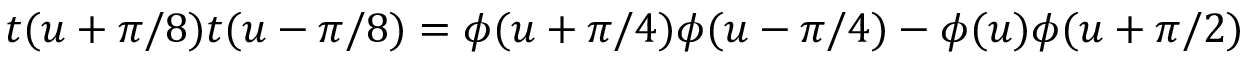
t ( u + \pi / 8 ) t ( u - \pi / 8 ) = \phi ( u + \pi / 4 ) \phi ( u - \pi / 4 ) - \phi ( u ) \phi ( u + \pi / 2 )